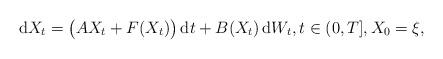
LaTeX: \begin{align*}\mathrm{d} X_t = \big( AX_t+F(X_t)\big) \, \mathrm{d}t + B(X_t)\, \mathrm{d}W_t, t\in(0,T], X_0 = \xi, \end{align*}